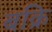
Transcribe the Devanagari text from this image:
बक्रि